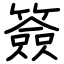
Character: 簽